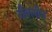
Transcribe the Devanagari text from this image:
जैवलीन